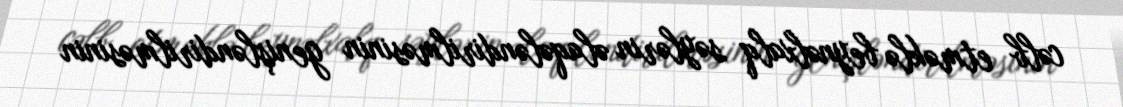
cəlb etməklə beynəlxalq səylərin əlaqələndirilməsinin genişləndirilməsinin